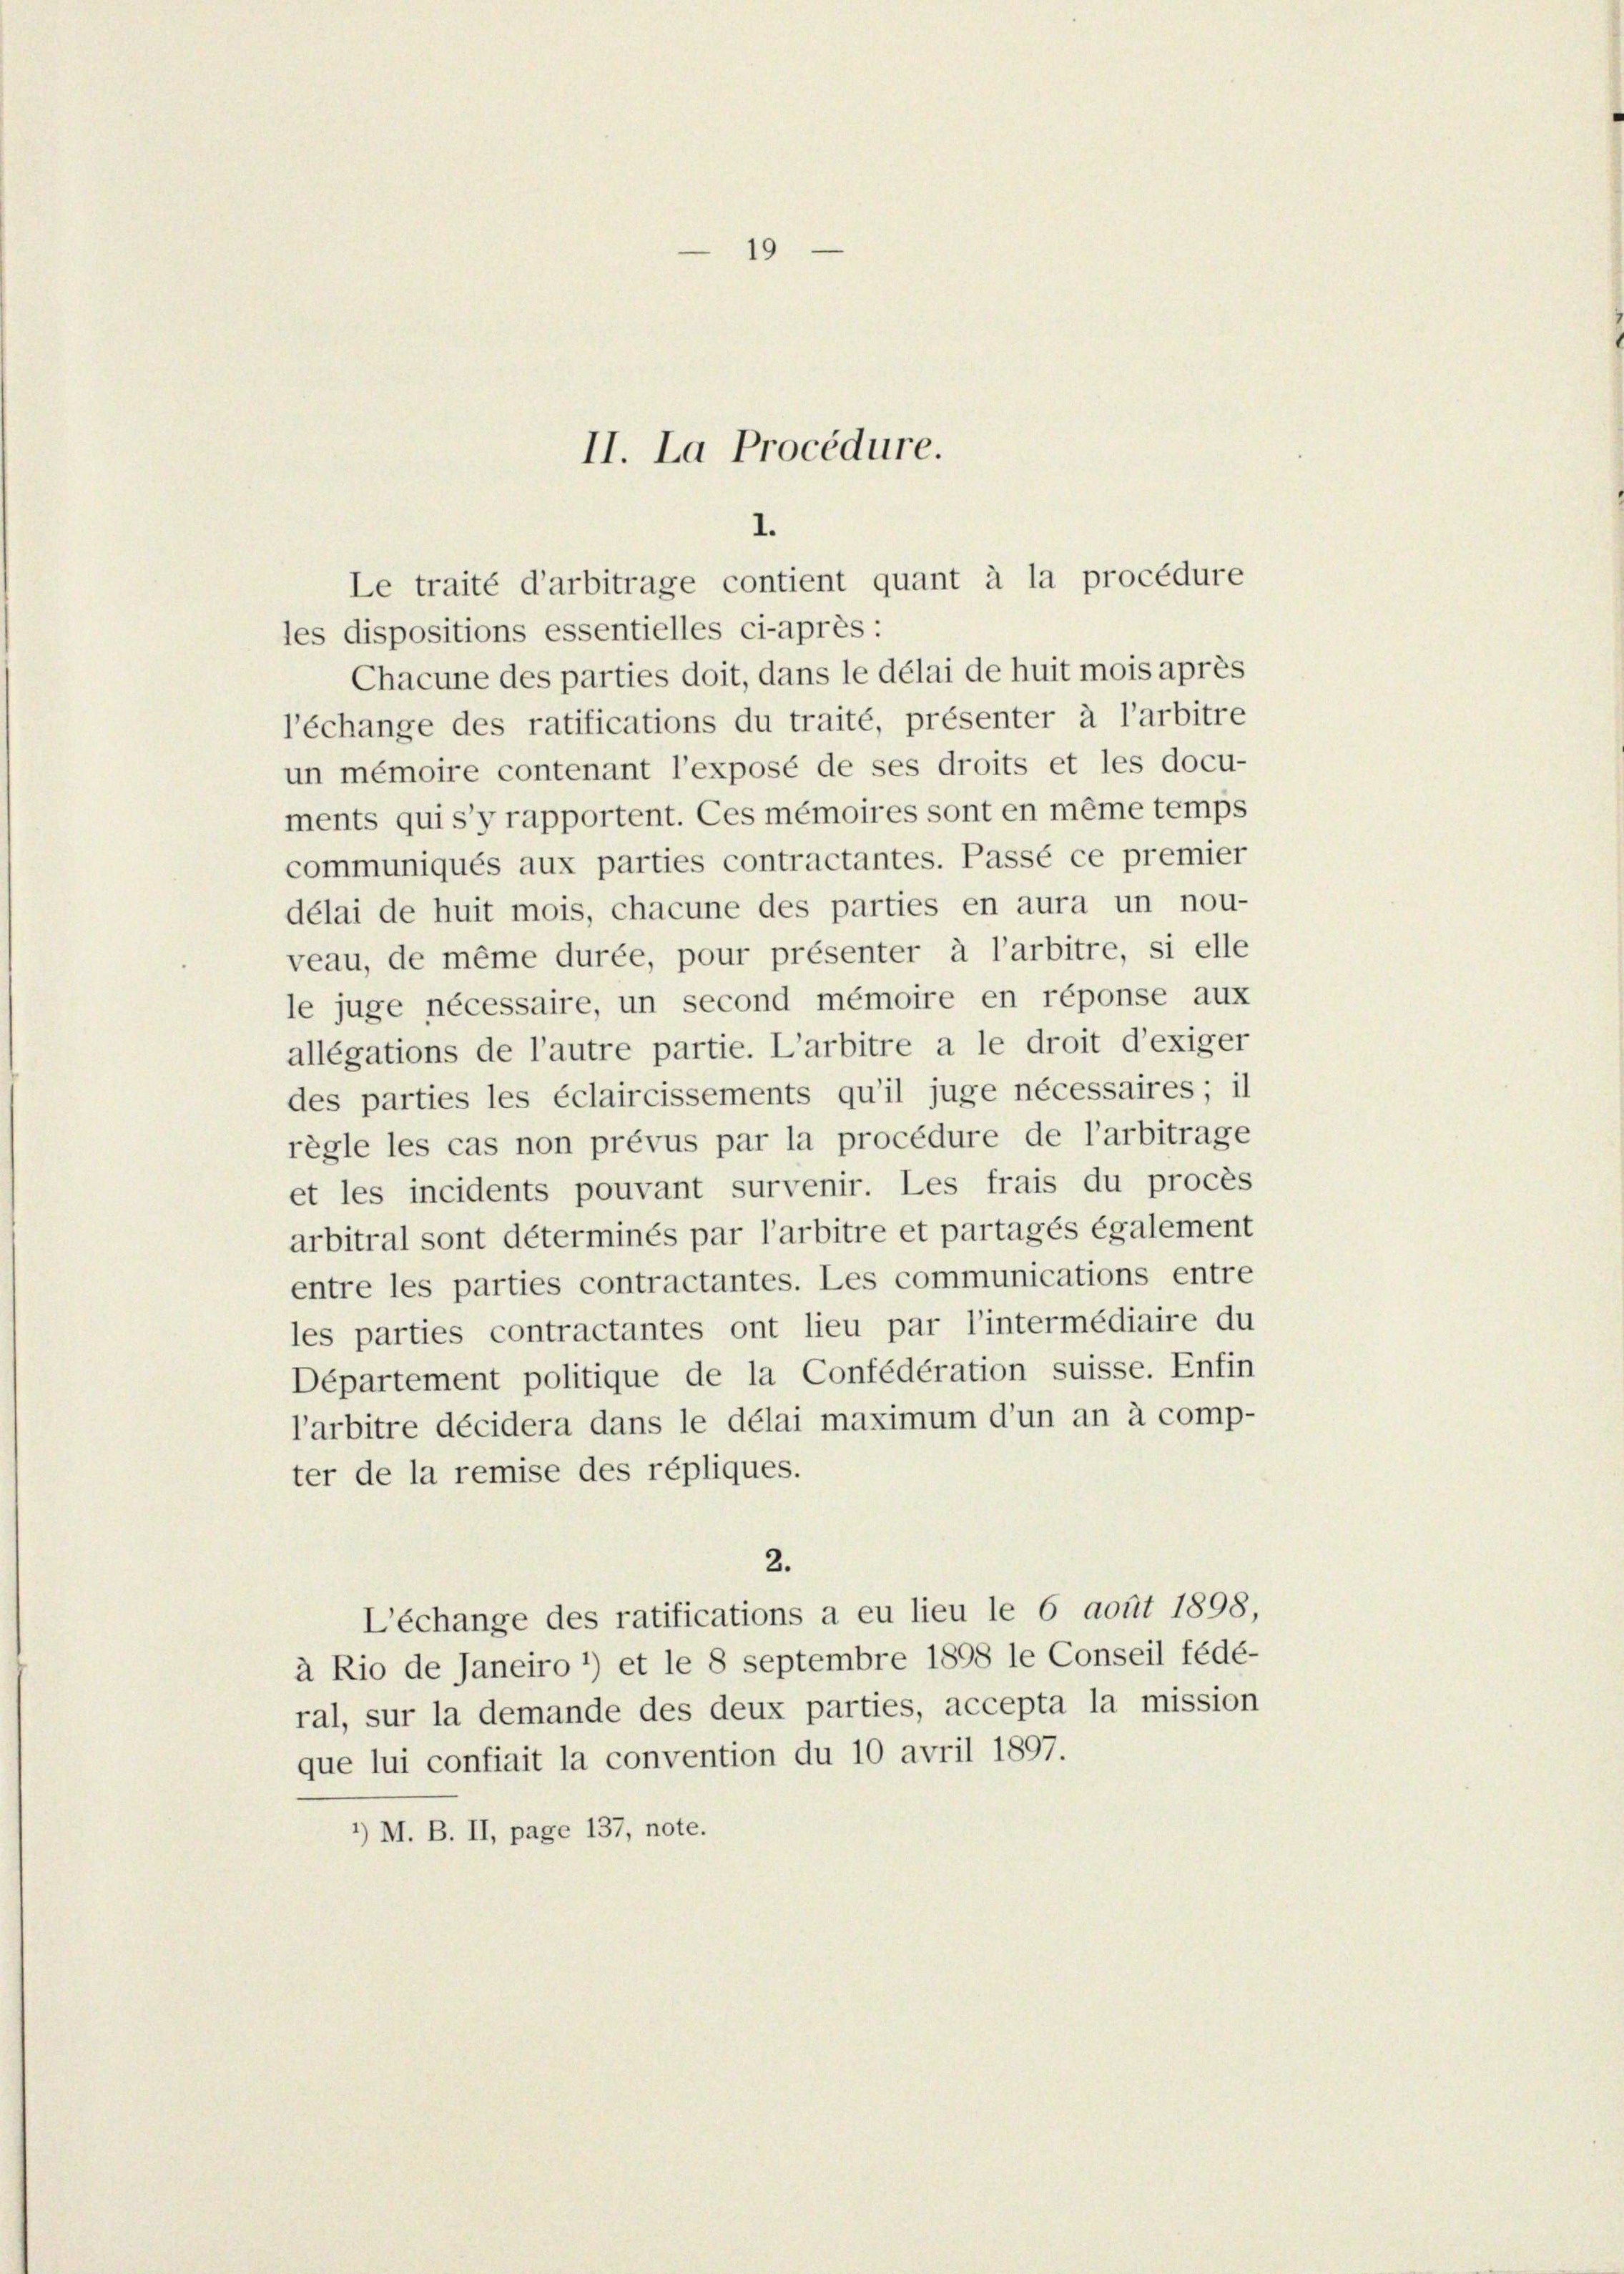
19
II. La Procédure.

les dispositions essentielles ci-après :
Chacune des parties doit, dans le délai de huit mois après
l’échange des ratifications du traité, présenter à l’arbitre
un mémoire contenant l’exposé de ses droits et les docu-
ments qui s’y rapportent. Ces mémoires sont en même temps
communiqués aux parties contractantes. Passé ce premier
délai de huit mois, chacune des parties en aura un nou-
veau, de même durée, pour présenter à l’arbitre, si elle
le juge nécessaire, un second mémoire en réponse aux
allégations de l’autre partie. L’arbitre a le droit d’exiger
des parties les éclaircissements qu’il juge nécessaires; il
règle les cas non prévus par la procédure de l’arbitrage
et les incidents pouvant survenir. Les frais du procès
arbitral sont déterminés par l’arbitre et partagés également
entre les parties contractantes. Les communications entre
les parties contractantes ont lieu par l’intermédiaire du
Département politique de la Confédération suisse. Enfin
larbitre décidera dans le délai maximum d’un an à comp-
ter de la remise des répliques.
2.
L’échange des ratifications a eu lieu le 6 août 1898,
à Rio de Janeiro *) et le 8 septembre 1898 le Conseil fédé-
ral, sur la demande des deux parties, accepta la mission
que lui confiait la convention du 10 avril 1897.
’) M. B. II, page 137, note.

1.
Le traité d’arbitrage contient quant à la procédure